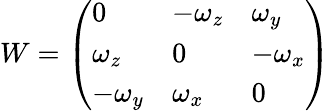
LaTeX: W={\left(\begin{array}{lll}{0}&{-\omega_{z}}&{\omega_{y}}\\ {\omega_{z}}&{0}&{-\omega_{x}}\\ {-\omega_{y}}&{\omega_{x}}&{0}\end{array}\right)}